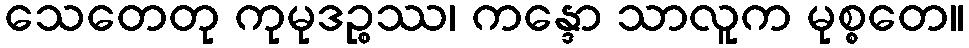
သေတေတု ကုမုဒဉ္စဿ၊ ကန္ဒော သာလူက မုစ္စတေ။